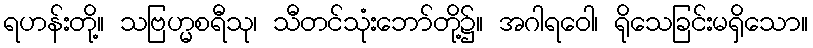
ရဟန်းတို့။ သဗြဟ္မစရီသု၊ သီတင်သုံးဘော်တို့၌။ အဂါရဝေါ၊ ရိုသေခြင်းမရှိသော။